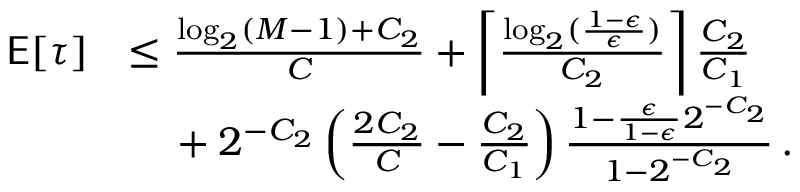
\begin{array} { r l } { \mathsf { E } [ \tau ] } & { \le \frac { \log _ { 2 } ( M - 1 ) + C _ { 2 } } { C } + \left\lceil \frac { \log _ { 2 } ( \frac { 1 - \epsilon } { \epsilon } ) } { C _ { 2 } } \right\rceil \frac { C _ { 2 } } { C _ { 1 } } } \\ & { \phantom { = \, } + 2 ^ { - C _ { 2 } } \left( \frac { 2 C _ { 2 } } { C } - \frac { C _ { 2 } } { C _ { 1 } } \right) \frac { 1 - \frac { \epsilon } { 1 - \epsilon } 2 ^ { - C _ { 2 } } } { 1 - 2 ^ { - C _ { 2 } } } \, . } \end{array}